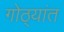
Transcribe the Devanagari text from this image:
गोठ्यांत